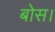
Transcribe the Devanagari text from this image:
बोस।